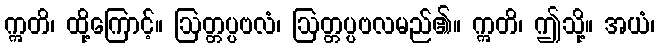
ဣတိ၊ ထို့ကြောင့်။ ဩတ္တပ္ပဗလံ၊ ဩတ္တပ္ပဗလမည်၏။ ဣတိ၊ ဤသို့။ အယံ၊